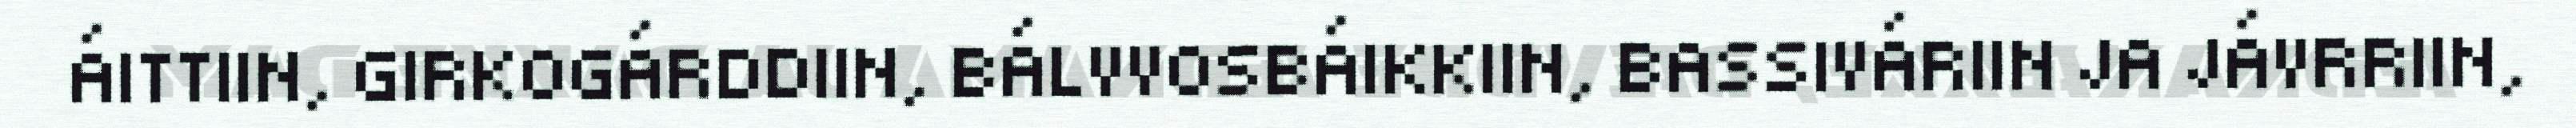
ÁITTIIN, GIRKOGÁRDDIIN, BÁLVVOSBÁIKKIIN, BASSIVÁRIIN JA JÁVRRIIN,